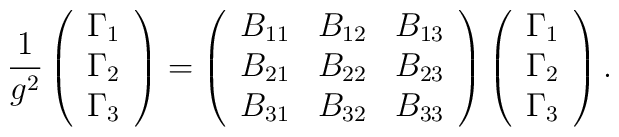
\frac{1}{g^{2}}\left(\begin{array}{l}\Gamma _{1} \\\Gamma _{2} \\\Gamma _{3}\end{array}\right) =\left(\begin{array}{lll}B_{11} & B_{12} & B_{13} \\B_{21} & B_{22} & B_{23} \\B_{31} & B_{32} & B_{33}\end{array}\right) \left(\begin{array}{l}\Gamma _{1} \\\Gamma _{2} \\\Gamma _{3}\end{array}\right) .